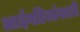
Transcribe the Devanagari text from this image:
आईवडिलांसाठी